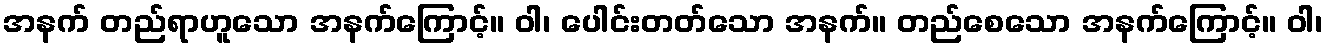
အနက် တည်ရာဟူသော အနက်ကြောင့်။ ဝါ၊ ပေါင်းတတ်သော အနက်။ တည်စေသော အနက်ကြောင့်။ ဝါ၊